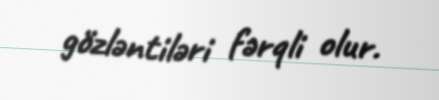
gözləntiləri fərqli olur.